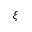
\xi